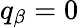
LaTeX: q_{\beta}=0